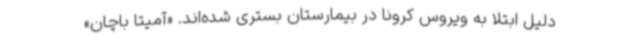
دلیل ابتلا به ویروس کرونا در بیمارستان بستری شده‌اند. «آمیتا باچان»